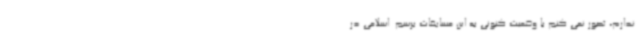
ندارم، تصور نمی کنم با وضعیت کنونی به این مسابقات برسم. اسلامی در